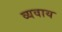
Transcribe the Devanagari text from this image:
व्यवाय